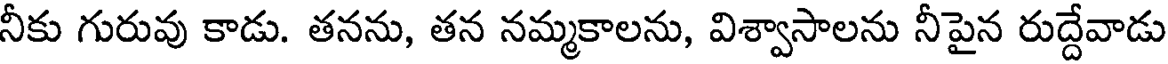
నీకు గురువు కాడు. తనను, తన నమ్మకాలను, విశ్వాసాలను నీపైన రుద్దేవాడు